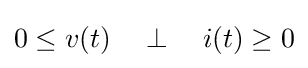
0\leq v(t)\quad \perp \quad i(t)\geq 0